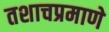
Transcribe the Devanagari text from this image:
तशाचप्रमाणे